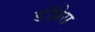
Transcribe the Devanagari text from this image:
डॉब्रेस